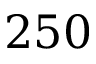
2 5 0